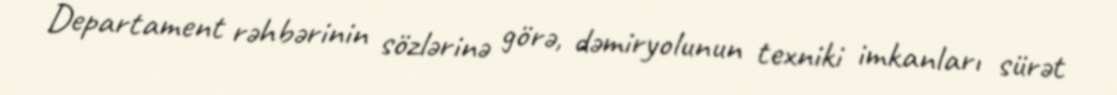
Departament rəhbərinin sözlərinə görə, dəmiryolunun texniki imkanları sürət